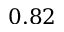
0 . 8 2